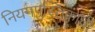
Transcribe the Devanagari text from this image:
नियमपुस्तिकांची